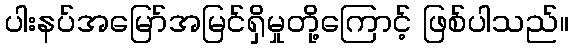
ပါးနပ်အမြော်အမြင်ရှိမှုတို့ကြောင့် ဖြစ်ပါသည်။